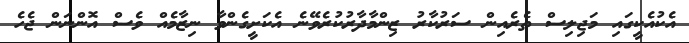
އެކުއެކީގައި މަޖިލިސް ތެރެއިން ސަރުކާރު ޒިންމާދާރުކުރެވޭނެ އެކަށީގެންވާ ނިޒާމެއް ވެސް އޮންނަން ޖެހެ